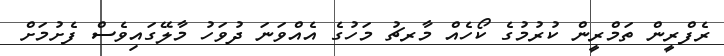
ރެފްރީން ތަމްރީން ކުރުމުގެ ކޯހެއް މާރޗު މަހުގެ އެއްވަނަ ދުވަހު މާލޭގައިވެސް ފެށުމަށް